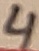
Text: 4